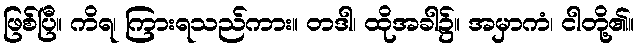
ဖြစ်ပြီ။ ကိရ၊ ကြားရသည်ကား။ တဒါ၊ ထိုအခါ၌။ အမှာကံ၊ ငါတို့၏။